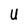
Character: U